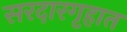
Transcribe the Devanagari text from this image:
सरदारगृहात